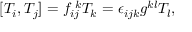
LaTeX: [ T _ { i } , T _ { j } ] = f _ { i j } ^ { \, \, k } T _ { k } = \epsilon _ { i j k } g ^ { k l } T _ { l } ,